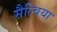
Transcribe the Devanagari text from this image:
सैल्विया